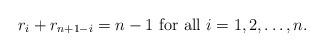
LaTeX: \begin{align*}r_i+r_{n+1-i}=n-1 \mbox{ for all $i=1,2,\ldots,n$.}\end{align*}